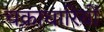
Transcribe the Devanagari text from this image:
चक्राधारियों